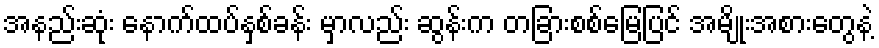
အနည်းဆုံး နောက်ထပ်နှစ်ခန်း မှာလည်း ဆွန်းက တခြားစစ်မြေပြင် အမျိုးအစားတွေနဲ့